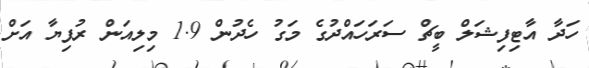
ހަދާ އާޓިފިޝަލް ބީޗް ސަރަހައްދުގެ މަގު ހެދުން 1.9 މިލިއަން ރުފިޔާ އަށް